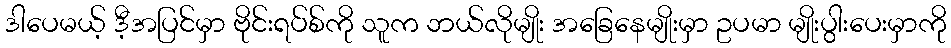
ဒါပေမယ့် ဒီ့အပြင်မှာ ဗိုင်းရပ်စ်ကို သူက ဘယ်လိုမျိုး အခြေနေမျိုးမှာ ဥပမာ မျိုးပွါးပေးမှာကို